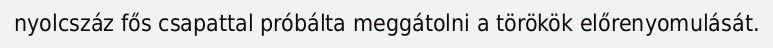
nyolcszáz fős csapattal próbálta meggátolni a törökök előrenyomulását.